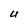
Character: U